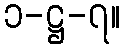
၁-ဋ္ဌ-၇။